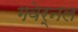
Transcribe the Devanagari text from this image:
गवेर्नल